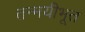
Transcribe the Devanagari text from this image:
तन्मयीभूत